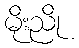
မိုးညို